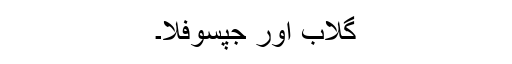
گلاب اور جِپسوفِلا۔